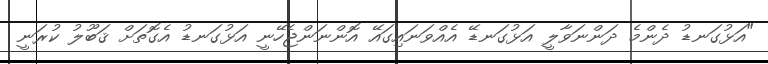
"އަޅުގަނޑު ދެންމެ ދަންނަވާލީ އަޅުގަނޑޭ އެއްވަނައިގައޭ އޮންނަންޖެހޭނީ އަޅުގަނޑު އެގޮތަށް ޤަބޫލު ކުރަނީ